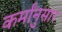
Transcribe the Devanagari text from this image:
कर्मांनुसार